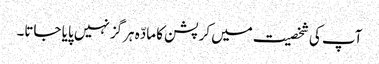
آپ کی شخصیت میں کرپشن کا مادّہ ہرگز نہیں پایا جاتا۔